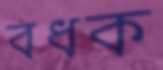
বধক